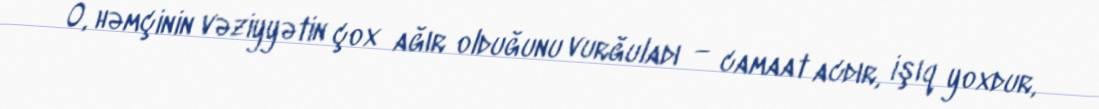
O, həmçinin vəziyyətin çox ağır olduğunu vurğuladı — camaat acdır, işıq yoxdur,